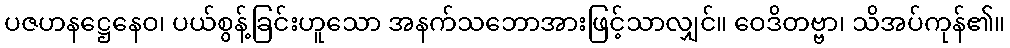
ပဇဟနဋ္ဌေနေဝ၊ ပယ်စွန့်ခြင်းဟူသော အနက်သဘောအားဖြင့်သာလျှင်။ ဝေဒိတဗ္ဗာ၊ သိအပ်ကုန်၏။